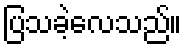
ပြသခဲ့လေသည်။